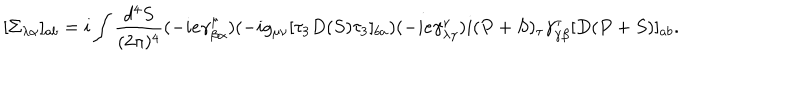
[ \Sigma _ { \lambda \alpha } ] _ { a b } = i \int \frac { d ^ { 4 } S } { ( 2 \pi ) ^ { 4 } } ( - i e \gamma _ { \beta \alpha } ^ { \mu } ) ( - i g _ { \mu \nu } [ \tau _ { 3 } D ( S ) \tau _ { 3 } ] _ { b a } ) ( - i e \gamma _ { \lambda \gamma } ^ { \nu } ) i ( P + S ) _ { \tau } \gamma _ { \gamma \beta } ^ { \tau } [ D ( P + S ) ] _ { a b } .